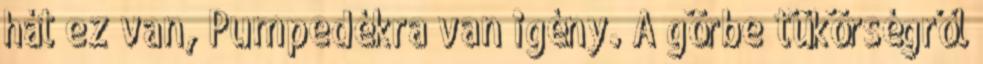
hát ez van, Pumpedékra van igény. A görbe tükörségről